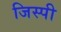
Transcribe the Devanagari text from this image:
जिस्पी